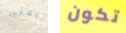
اتبعنى تكون